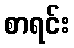
စာရင်း